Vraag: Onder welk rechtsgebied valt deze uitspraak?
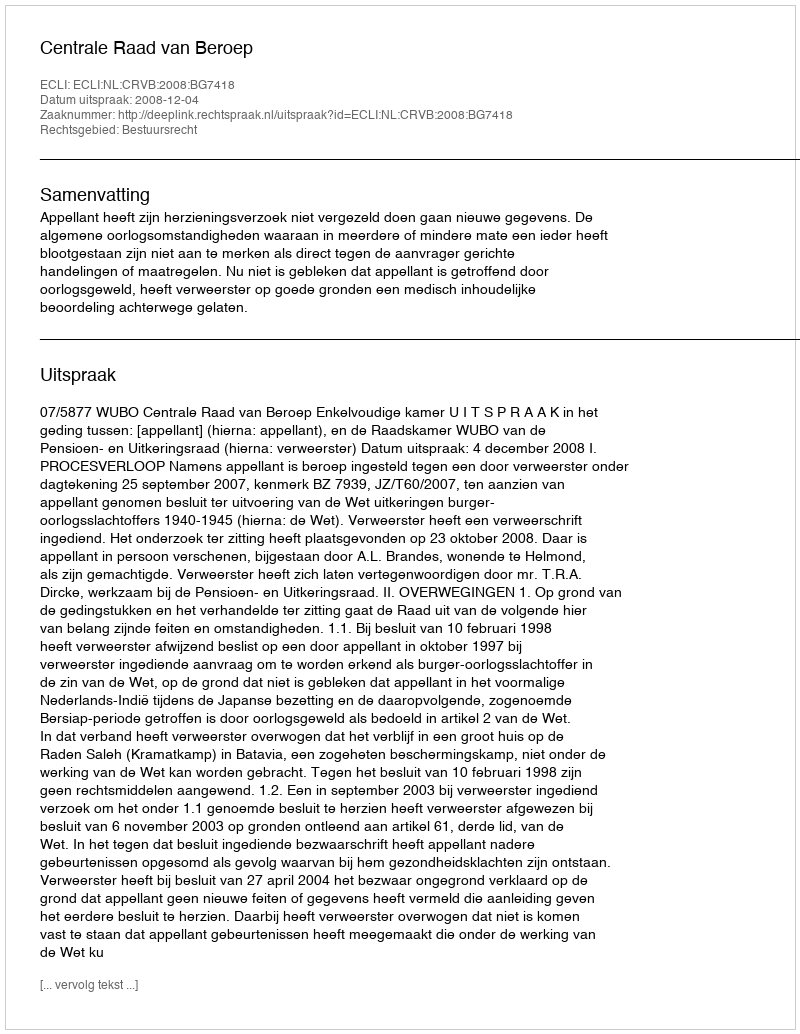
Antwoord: Bestuursrecht